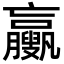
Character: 𦣉